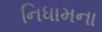
નિધામના